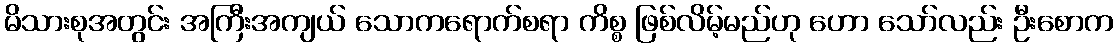
မိသားစုအတွင်း အကြီးအကျယ် သောကရောက်စရာ ကိစ္စ ဖြစ်လိမ့်မည်ဟု ဟော သော်လည်း ဦးစောက